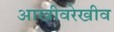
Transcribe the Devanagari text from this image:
आखीवरेखीव